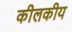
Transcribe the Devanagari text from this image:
कीलकीय